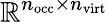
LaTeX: \mathbb{R}^{n_{\mathrm{occ}}\times n_{\mathrm{virt}}}